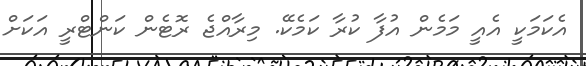
އެކަމަކީ އެއީ މަމެން އުފާ ކުރާ ކަމެކޭ. މިރާއްޖެ ރޮޓެން ކަންޓްރީ އަކަށް